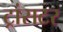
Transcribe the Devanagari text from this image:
ट्रांसटर